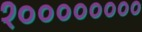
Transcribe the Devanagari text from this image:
१००००००००